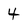
Character: 4